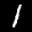
Label: 1